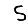
Digit: 5